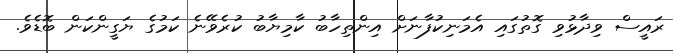
ރައީސް ވިދާޅުވި ގޮތުގައި އެމަނިކުފާނަށް އިންތިހާބު ކާމިޔާބު ކުރެވޭނެ ކަމުގެ ޔަގީންކަން ބޮޑެވެ.